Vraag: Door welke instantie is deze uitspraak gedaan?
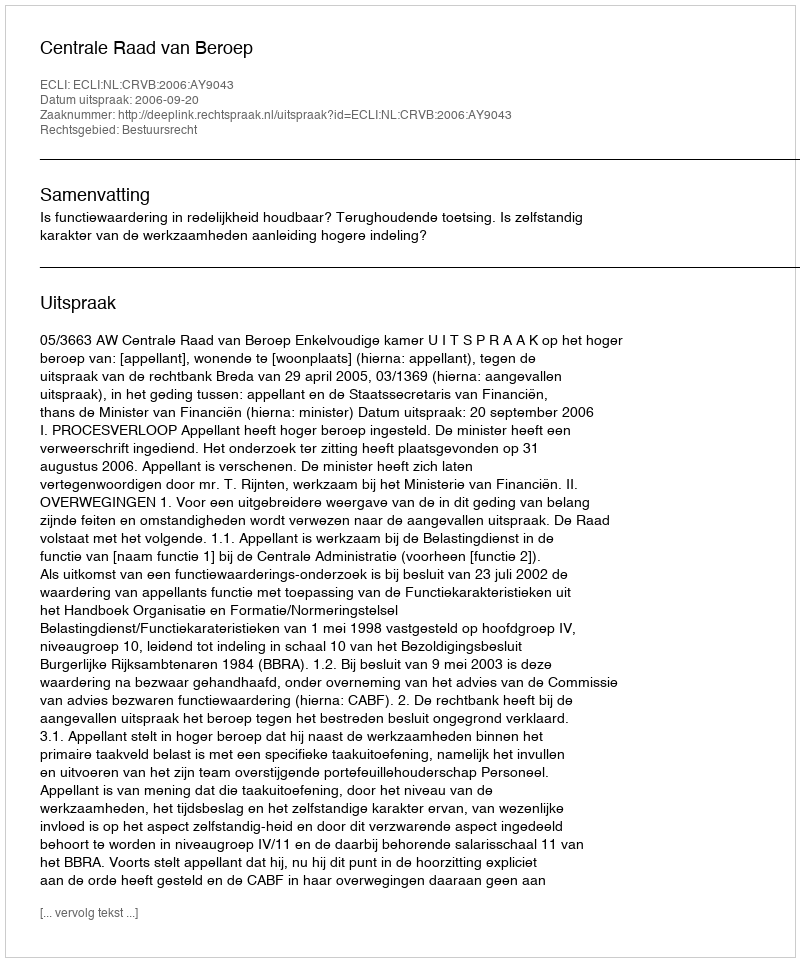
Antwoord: Centrale Raad van Beroep